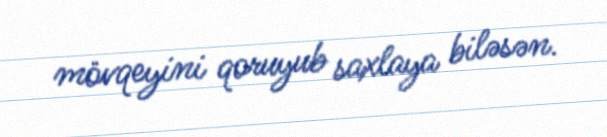
mövqeyini qoruyub saxlaya biləsən.